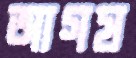
আগষ